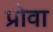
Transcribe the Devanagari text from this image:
प्रोवा